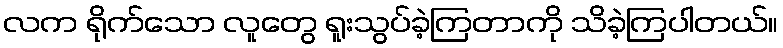
လက ရိုက်သော လူတွေ ရူးသွပ်ခဲ့ကြတာကို သိခဲ့ကြပါတယ်။